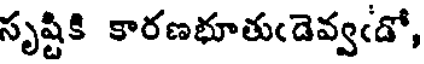
సృష్టికి కారణభూతుఁడెవ్వఁడో,